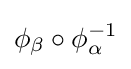
\phi _{\beta }\circ \phi _{\alpha }^{-1}